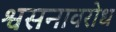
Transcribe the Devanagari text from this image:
श्वसनावरोध